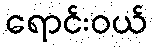
ရောင်းဝယ်